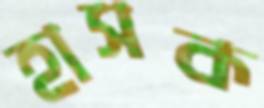
হাসক